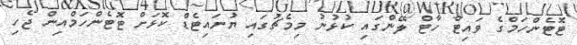
ޓޮޓެންހަމްގެ ވައިޓް ހާޓް ލޭންގައި ކުޅުނު މިމެޗުގައި ޔުނައިޓެޑް ކޮޅަށް ޓޮޓެންހަމްއިން ޖެހި